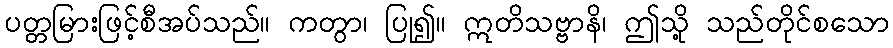
ပတ္တမြားဖြင့်စီအပ်သည်။ ကတွာ၊ ပြု၍။ ဣတိသဗ္ဗာနိ၊ ဤသို့ သည်တိုင်စသော